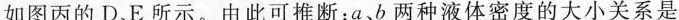
如图丙的D、E所示。由此可推断：a、b两种液体密度的大小关系是